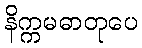
နိက္ကမဓာတုပေ